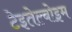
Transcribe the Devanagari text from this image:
टेइतेल्बोइम